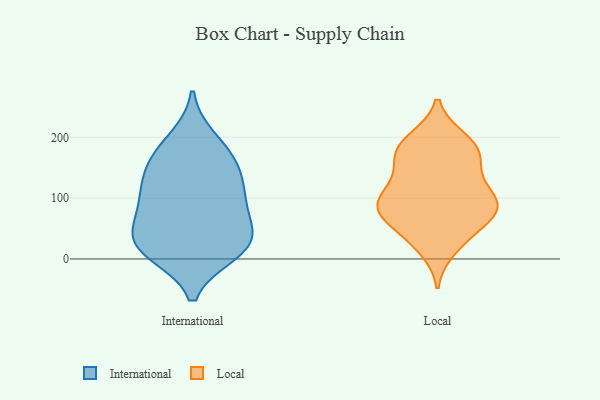
{"axis": {"x": "Operating Costs (USD K)", "y": "Value"}, "legend": ["International", "Local"], "data": [{"x": "", "y": 171, "type": "International"}, {"x": "", "y": 44, "type": "International"}, {"x": "", "y": 136, "type": "International"}, {"x": "", "y": 89, "type": "International"}, {"x": "", "y": 130, "type": "International"}, {"x": "", "y": 11, "type": "International"}, {"x": "", "y": 25, "type": "International"}, {"x": "", "y": 98, "type": "International"}, {"x": "", "y": 20, "type": "International"}, {"x": "", "y": 196, "type": "International"}, {"x": "", "y": 40, "type": "International"}, {"x": "", "y": 90, "type": "International"}, {"x": "", "y": 17, "type": "International"}, {"x": "", "y": 163, "type": "International"}, {"x": "", "y": 179, "type": "Local"}, {"x": "", "y": 174, "type": "Local"}, {"x": "", "y": 17, "type": "Local"}, {"x": "", "y": 84, "type": "Local"}, {"x": "", "y": 84, "type": "Local"}, {"x": "", "y": 109, "type": "Local"}, {"x": "", "y": 73, "type": "Local"}, {"x": "", "y": 39, "type": "Local"}, {"x": "", "y": 161, "type": "Local"}, {"x": "", "y": 127, "type": "Local"}, {"x": "", "y": 39, "type": "Local"}, {"x": "", "y": 76, "type": "Local"}, {"x": "", "y": 131, "type": "Local"}, {"x": "", "y": 174, "type": "Local"}, {"x": "", "y": 84, "type": "Local"}, {"x": "", "y": 90, "type": "Local"}, {"x": "", "y": 197, "type": "Local"}, {"x": "", "y": 194, "type": "Local"}, {"x": "", "y": 91, "type": "Local"}]}